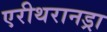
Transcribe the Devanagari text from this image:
एरीथरानड्रा